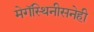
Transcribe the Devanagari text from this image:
मेगॅस्थिनीसनेही